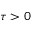
\tau > 0